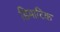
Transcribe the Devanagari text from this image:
डिमाटिक